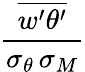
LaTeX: \frac{\overline{{w^{\prime}\theta^{\prime}}}}{\sigma_{\theta}\, \sigma_{M}}